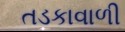
તડકાવાળી